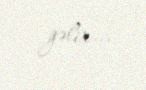
gəlir...